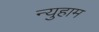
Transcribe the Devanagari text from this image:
न्युहाम